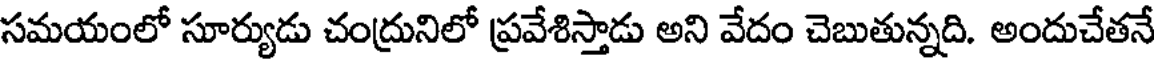
సమయంలో సూర్యుడు చంద్రునిలో ప్రవేశిస్తాడు అని వేదం చెబుతున్నది. అందుచేతనే